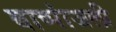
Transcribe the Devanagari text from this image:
बाष्पांजली